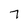
Character: 7